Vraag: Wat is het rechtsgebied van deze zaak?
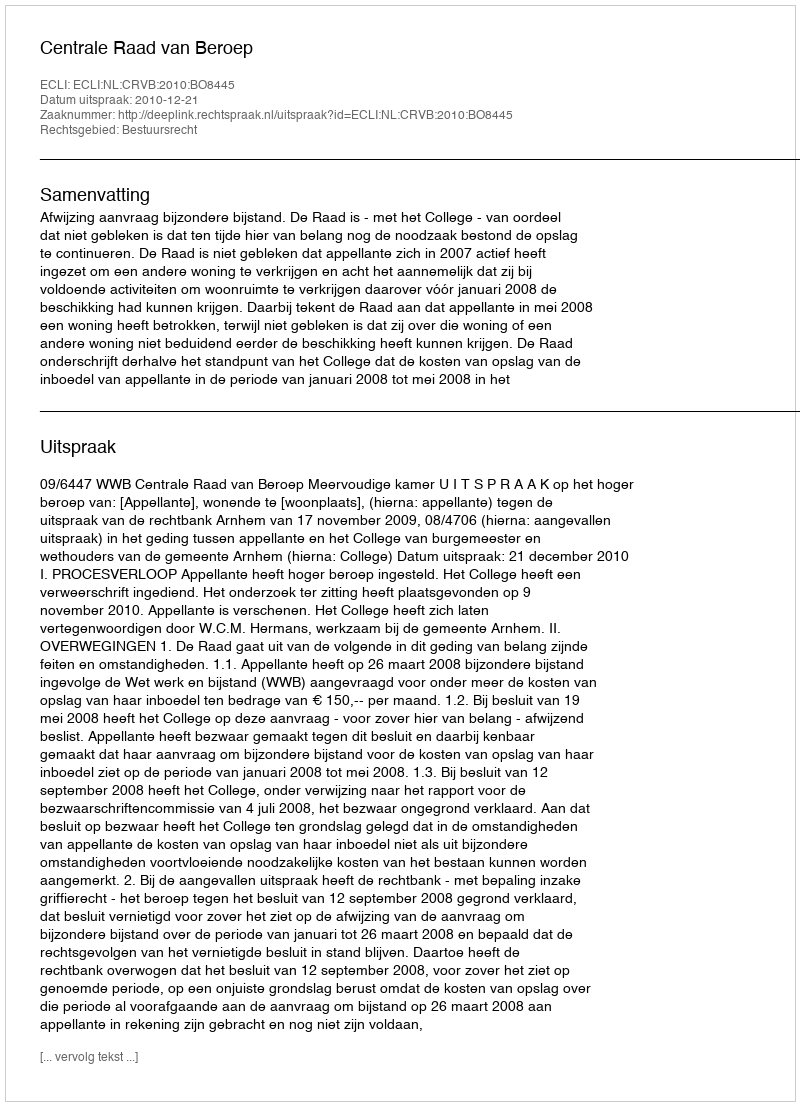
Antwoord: Bestuursrecht